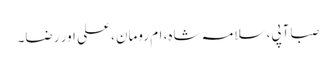
صبا آپی، سلامہ شاہ، ام رومان، علی اور رضا۔